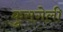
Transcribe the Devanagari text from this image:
कुसगेली